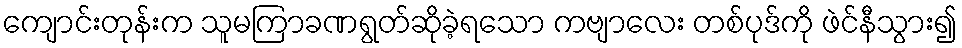
ကျောင်းတုန်းက သူမကြာခဏရွတ်ဆိုခဲ့ရသော ကဗျာလေး တစ်ပုဒ်ကို ဖဲင်နီသွား၍